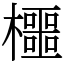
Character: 櫮